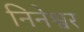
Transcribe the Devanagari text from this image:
निनेश्वर